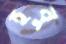
হবু